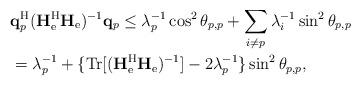
LaTeX: \begin{align*}&\mathbf{q}_p^{\mathrm{H}}(\mathbf{H}_{\mathrm{e}}^{\mathrm{H}}\mathbf{H}_{\mathrm{e}})^{-1}\mathbf{q}_p\leq\lambda_p^{-1}\cos^2\theta_{p,p}+\sum_{i\neq p}\lambda_i^{-1}\sin^2\theta_{p,p}\\&=\lambda_p^{-1}+\{\mathrm{Tr}[(\mathbf{H}_{\mathrm{e}}^{\mathrm{H}}\mathbf{H}_{\mathrm{e}})^{-1}]-2\lambda_p^{-1}\}\sin^2\theta_{p,p},\end{align*}